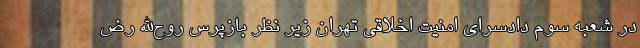
در شعبه سوم دادسرای امنیت اخلاقی تهران زیر نظر بازپرس روح‌الله رض